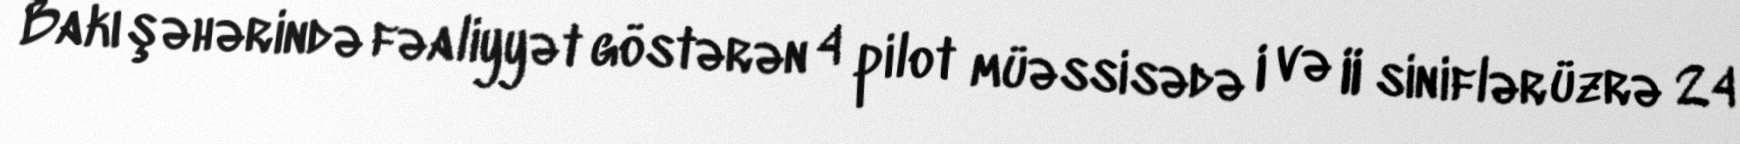
Bakı şəhərində fəaliyyət göstərən 4 pilot müəssisədə I və II siniflər üzrə 24